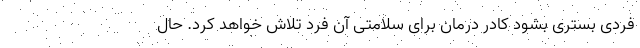
فردی بستری بشود کادر درمان برای سلامتی آن فرد تلاش خواهد کرد. حال